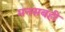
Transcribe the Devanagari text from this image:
मनसबही